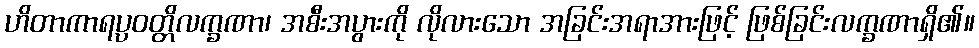
ဟိတာကာရပ္ပဝတ္တိလက္ခဏာ၊ အစီးအပွားကို လိုလားသော အခြင်းအရာအားဖြင့် ဖြစ်ခြင်းလက္ခဏာရှိ၏။